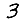
Digit: 3